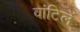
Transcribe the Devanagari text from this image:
वांटिलें